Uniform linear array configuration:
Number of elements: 64
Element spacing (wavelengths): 1
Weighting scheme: uniform
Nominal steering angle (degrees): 30
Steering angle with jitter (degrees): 31.948
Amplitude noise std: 0.05
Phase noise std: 0.05

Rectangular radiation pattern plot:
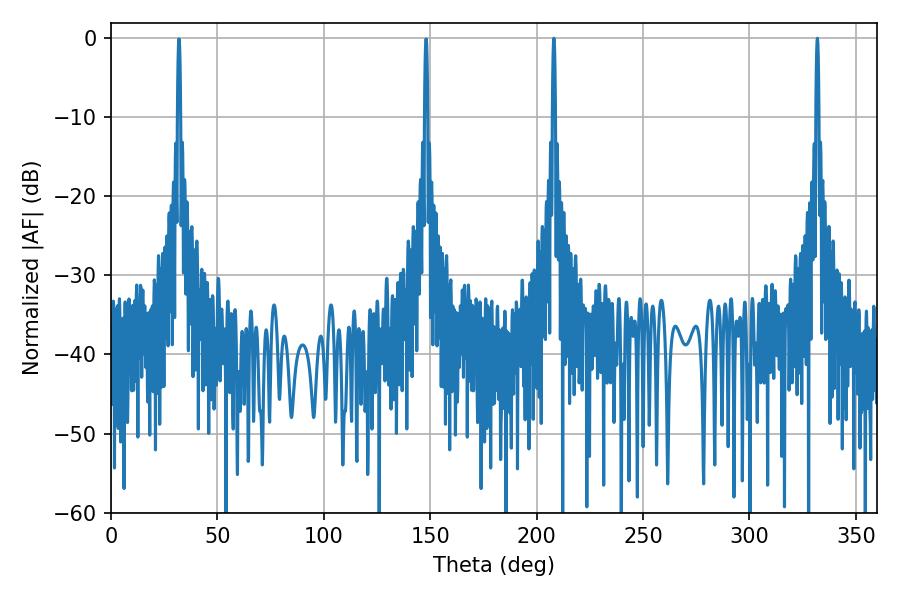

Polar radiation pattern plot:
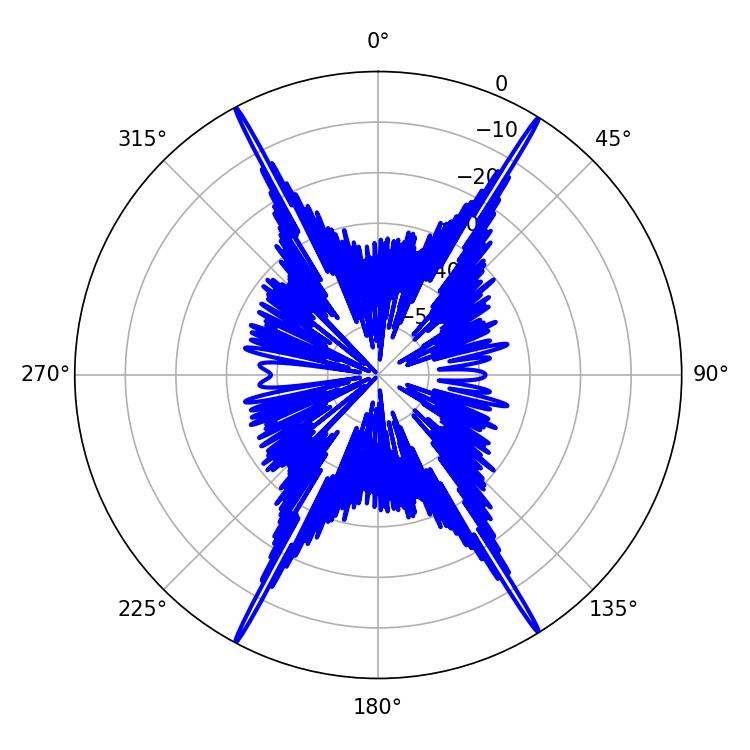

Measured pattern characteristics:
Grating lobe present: TRUE
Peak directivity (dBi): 28.719
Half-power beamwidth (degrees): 0.72
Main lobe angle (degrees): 208.08